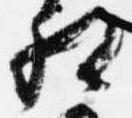
相